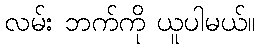
လမ်း ဘက်ကို ယူပါမယ်။